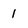
Character: 1